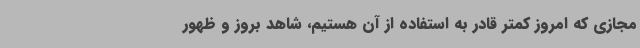
مجازی که امروز کمتر قادر به استفاده از آن هستیم، شاهد بروز و ظهور